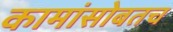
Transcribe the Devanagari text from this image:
कामांसोबतच